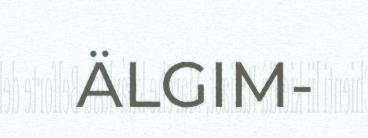
ÄLGIM-